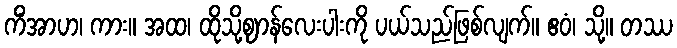
ကိံအာဟ၊ ကား။ အထ၊ ထိုသို့ဈာန်လေးပါးကို ပယ်သည်ဖြစ်လျက်။ ဧဝံ၊ သို့။ တဿ